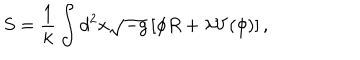
LaTeX: S = \frac { 1 } { k } \int d ^ { 2 } x \sqrt { - g } \left[ \phi R + \lambda V ( \phi ) \right] ,